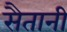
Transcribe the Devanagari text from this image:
सैतानी